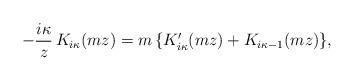
LaTeX: \begin{align*}-\frac{i\kappa}{z}\, K_{i\kappa}(mz)=m\,\{K_{i\kappa}'(mz)+K_{i\kappa-1}(mz)\},\end{align*}